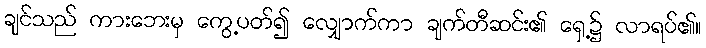
ချင်သည် ကားဘေးမှ ကွေ့ပတ်၍ လျှောက်ကာ ချက်တီဆင်း၏ ရှေ့၌ လာရပ်၏။